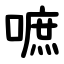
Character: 嗻